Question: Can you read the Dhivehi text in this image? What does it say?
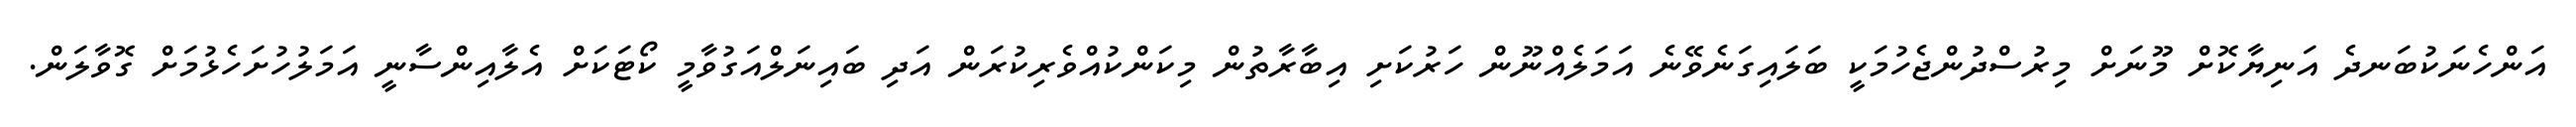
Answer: އަންހެނަކުބަނދެ އަނިޔާކޮށް މޫނަށް މިރުސްދުންޖެހުމަކީ ބަލައިގަނެވޭނެ އަމަލެއްނޫން ހަރުކަށި އިބާރާތުން މިކަންކުއްވެރިކުރަން އަދި ބައިނަލްއަގުވާމީ ކޯޓަކަށް އެލާއިންސާނީ އަމަލުހުށަހެޅުމަށް ގޮވާލަން.